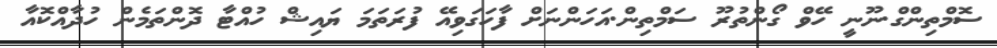
ސޮމްތިންގް.ނޫނީ ހޭވް ގޯންތުރޫ ސަމްތިން.އަހަންނަށް ފާހަގަވިއޭ ފުރަތަމަ ޔައިޝް ހުއްޓާ ދޮންތަމެން ހުދާއްކޮއާ